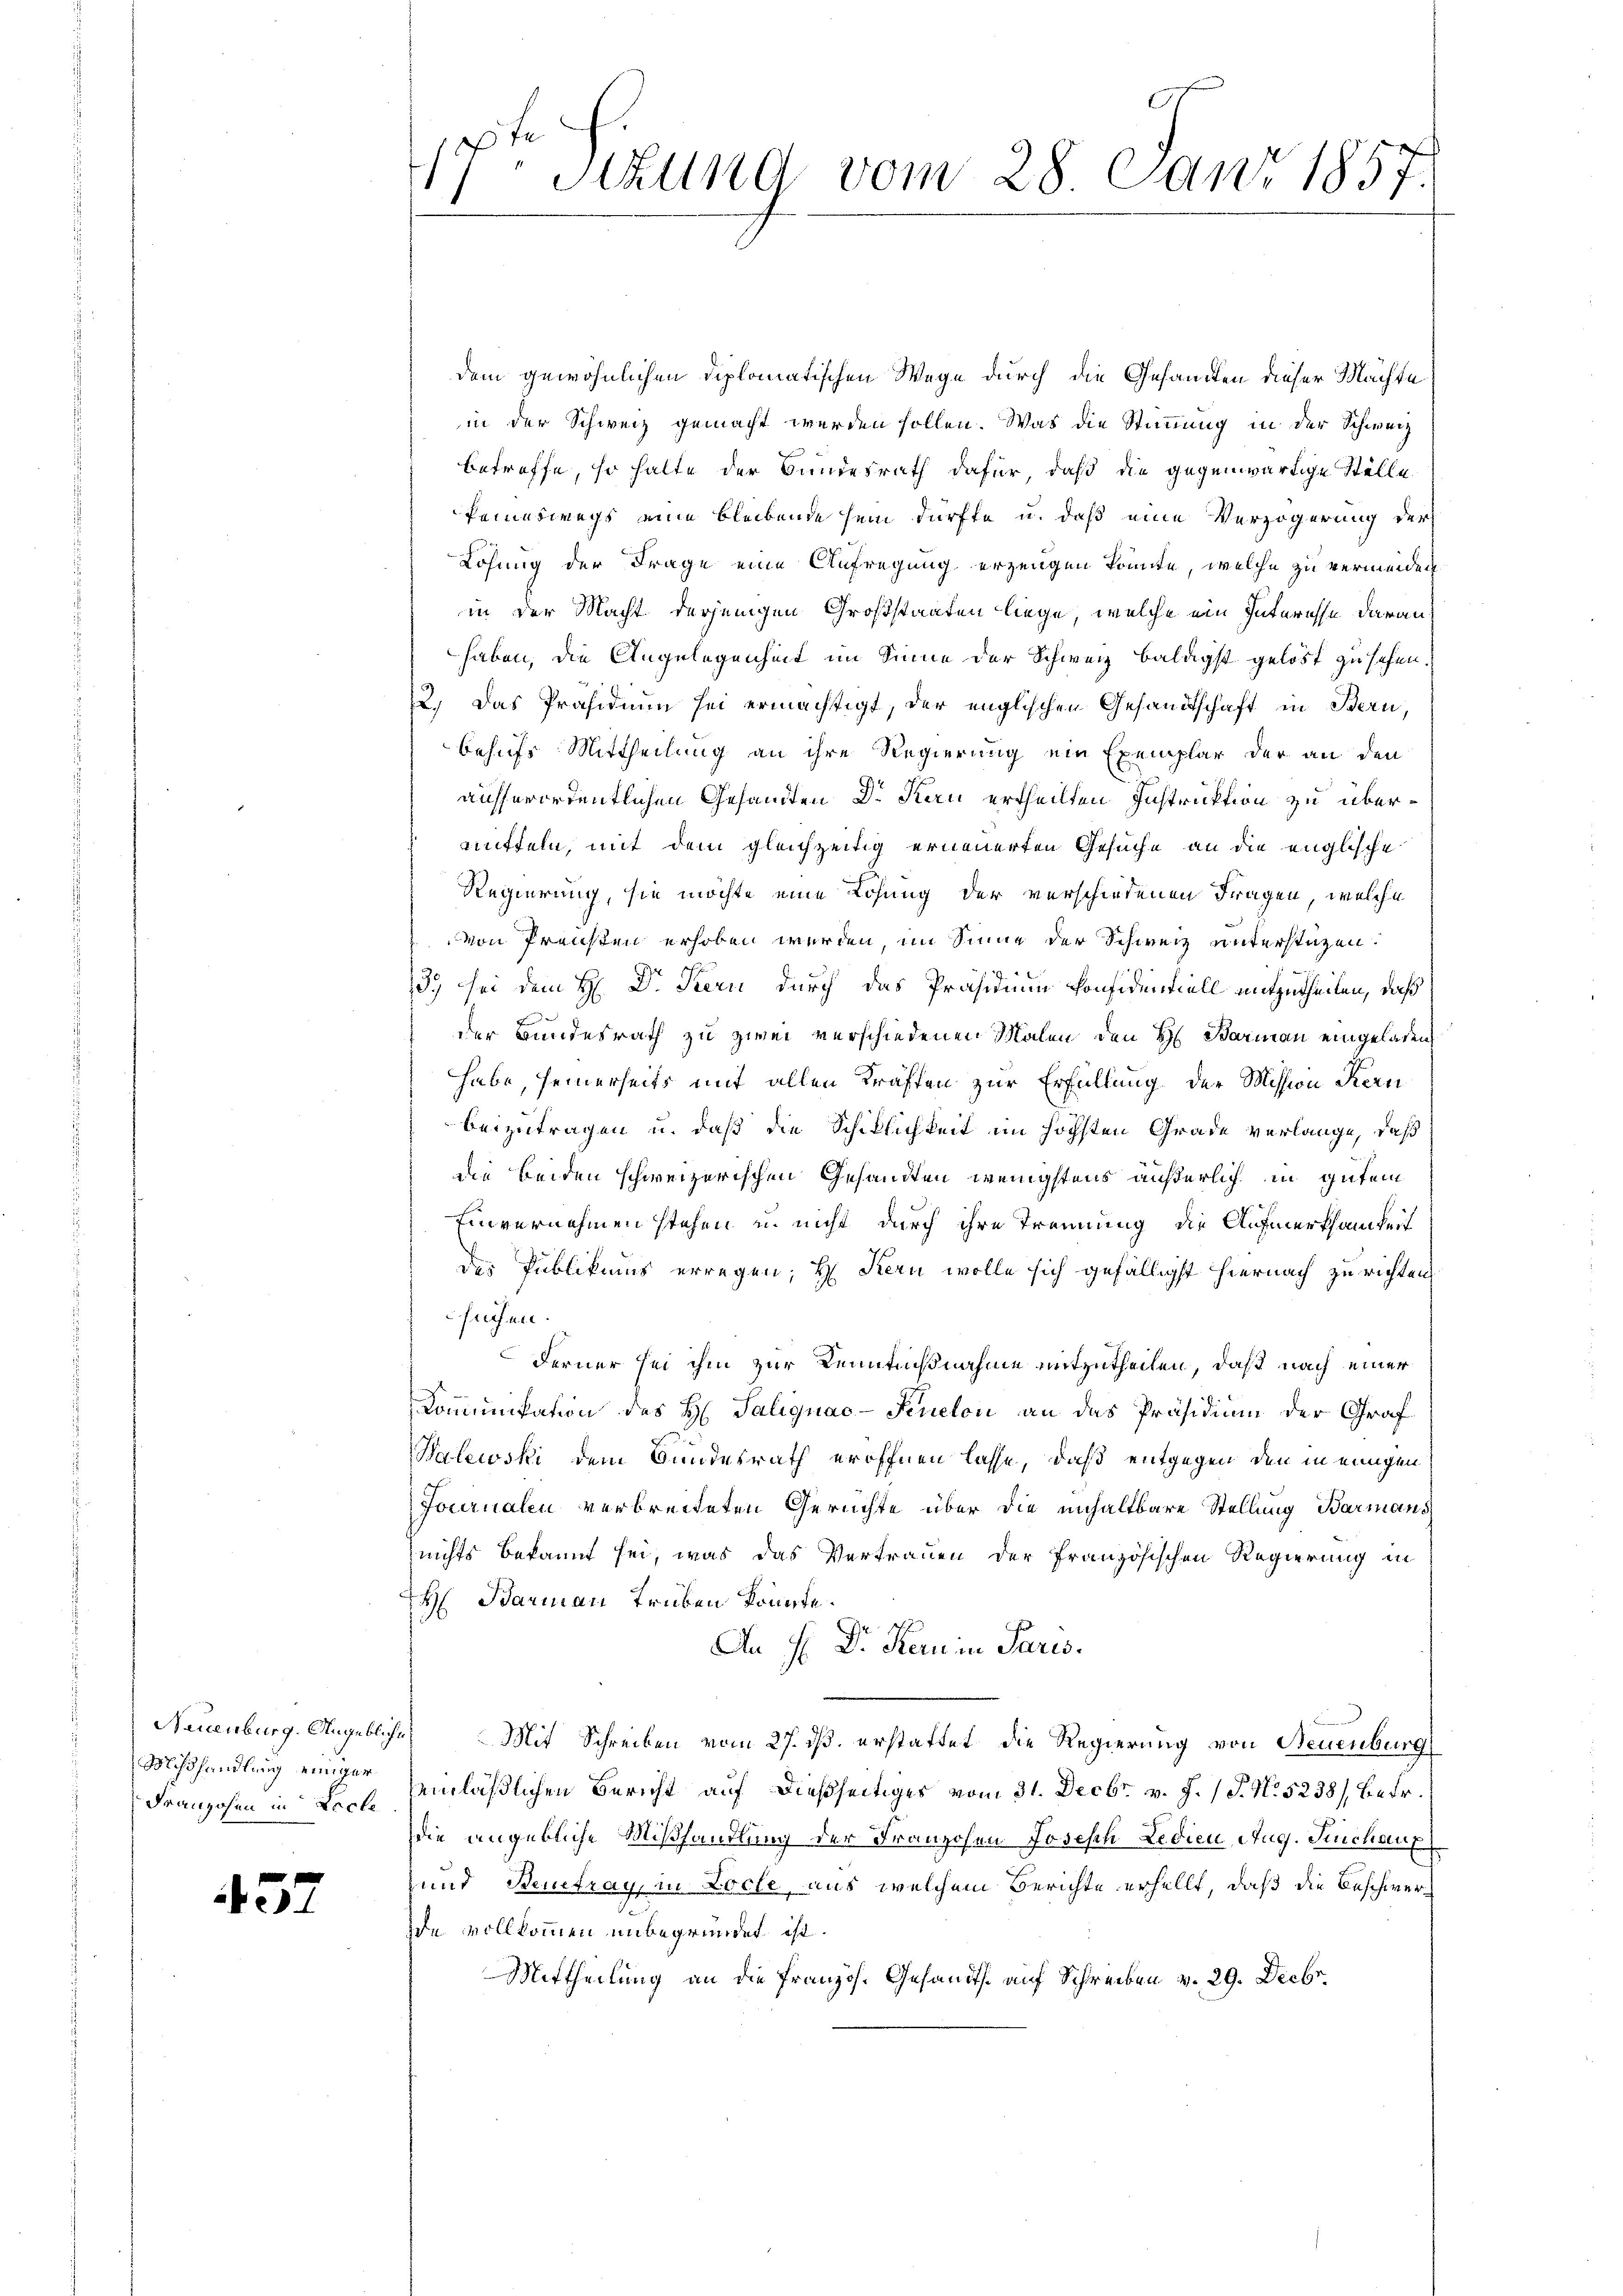
Mißhandlung einiger
Franzosen in Lache

457

dem gewöhnlichen Diplomatischen Wege durch die Gesandten dieser Machte
in der Schweiz gemacht werden sollen. Was die Stimmung in der Schweiz
betreffe, so halte der Bundesrath dafür, daß die gegenwärtige Stelle
keineswegs eine bleibende sein dürfte u. daß eine Verzögerung der
Lösung der Frage eine Aufregung erzeugen könnte, welche zu vermeiden
in der Macht derjenigen Großstaaten liege, welche ein Interesse darauf
haben, die Angelegenheit im Sinne der Schweiz baldigst gelöst zu sehen.
2.) Das Präsidium sei ermächtigt, der englischen Gesandtschaft in Bern,
behufs Mittheilung an ihre Regierung ein Exemplar der an den
aufserordentlichen Gesandten Dr. Kan ertheilten Instruktion zu überauffeln, mit dem gleichzeitig erneuerten Gesuche an die englische
Regierung, sie möchte eine Lösung der verschiedenen Fragen, welche
von Preusten erhoben werden, im Sinne der Schweiz unterstüzen.
9
23. sei dem H: Dr. Kern durch das Präsidium konfidentiell mitzutheilen, daß
der Bundesrath zu zwei verschiedenen Malen den H. Barmann eingeladen,
habe, seinerseits mit allen Kräften zur Erfüllung der Mission Kern
beizutragen u. daß die Schiklichkeit im höchsten Grade verlange, daß
die beiden schweizerischen Gesandten wenigstens äußerlich in gutem
Einvernehmen stehen u. nicht durch ihre Trennung die Aufmerksamkeit
des Publikums erregen; H. Kern wolle sich gefälligst hiernach zu richten
suchen.
Ferner sei ihm zur Kenntnißnahme mitzutheilen, daß nach einer
Kommunikation des H. Saliquac-Finelon an das Präsidium der Graf
Balewski dem Bundesrath eröffnen lasse, daß entgegen den in einigen
Journalen verbreiteten Gerichte über die unhaltbare Stellung Barmans
nichts bekannt sei, was das Vertrauen der französischen Regierung in
H Barmann Trüken könnte.
An H. Dr. Kern in Paris.
Nuenburg. Angebliche Mit Schreiben vom 27. ds. erstattet die Regierung von Neuenburg
einläßlichen Bericht auf dießseitiges vom 31. Decbr. v. J. P. N. 5238), Betr.
die angebliche Mißhandlung der Franzohen Joseph Ledien, Aug. Furchaup
 und Steueray, in Loche, aus welchem Berichte erhellt, daß die Beschwerde vollkommen unbegründet ist.
Mittheilung an die Französ. Gesandts. auf Schreiben v. 29. Decbr.

17ten Sitzung vom 28. Juni 1857.